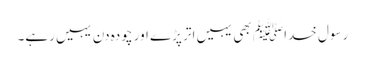
رسولِ خداﷺ بھی یہیں اتر پڑے اور چودہ دن یہیں رہے۔